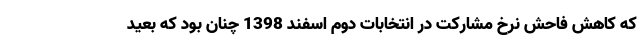
که کاهش فاحش نرخ مشارکت در انتخابات دوم اسفند 1398 چنان بود که بعید